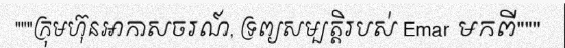
"""ក្រុមហ៊ុនអាកាសចរណ៍, ទ្រព្យសម្បត្តិរបស់ Emar មកពី"""